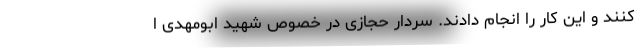
کنند و این کار را انجام دادند. سردار حجازی در خصوص شهید ابومهدی ا